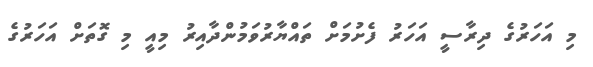
މި އަހަރުގެ ދިރާސީ އަހަރު ފެށުމަށް ތައްޔާރުވަމުންދާއިރު މިއީ މި ގޮތަށް އަހަރުގެ